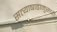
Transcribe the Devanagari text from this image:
सत्याषाढानुसारी